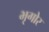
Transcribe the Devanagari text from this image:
भृगोर